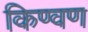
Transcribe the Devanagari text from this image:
किण्वण